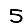
Digit: 5